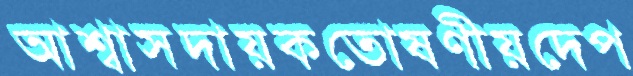
আশ্বাসদায়কতোষণীয়দেপ